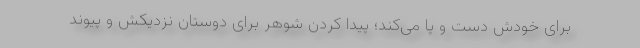
برای خودش دست و پا می‌کند؛ پیدا کردن شوهر برای دوستان نزدیکش و پیوند